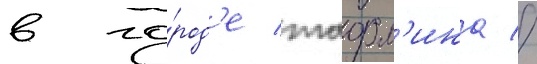
в го́род'е таорм'ина //